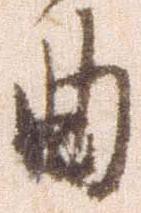
曲